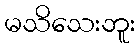
မသိသေးဘူး